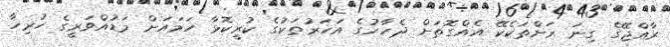
ރާއްޖޭގެ ގިނަ ރަށްތަކެކޭ އެއްގޮތަށް ދެހާހުގެ އަހަރުތަކުގެ ކުރީކޮޅާ ހަމައަށް މަޑުއްވަރީގެ ހުރިހާ